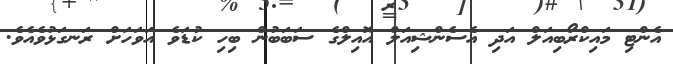
އެންޓި މައިކްރޯބިއަލް އަދި އެސެންޝިއަލް އޮއިލްގެ ސަބަބުން ބިހި ކުޑަވެ އަވަހަށް ރަނގަޅުވެއެވެ.